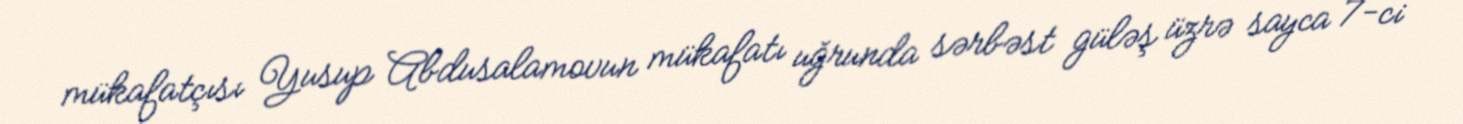
mükafatçısı Yusup Abdusalamovun mükafatı uğrunda sərbəst güləş üzrə sayca 7-ci